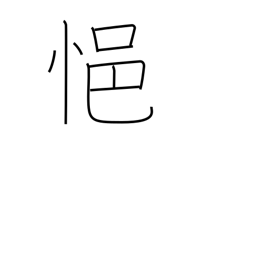
Meaning: be depressed